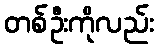
တစ်ဦးကိုလည်း